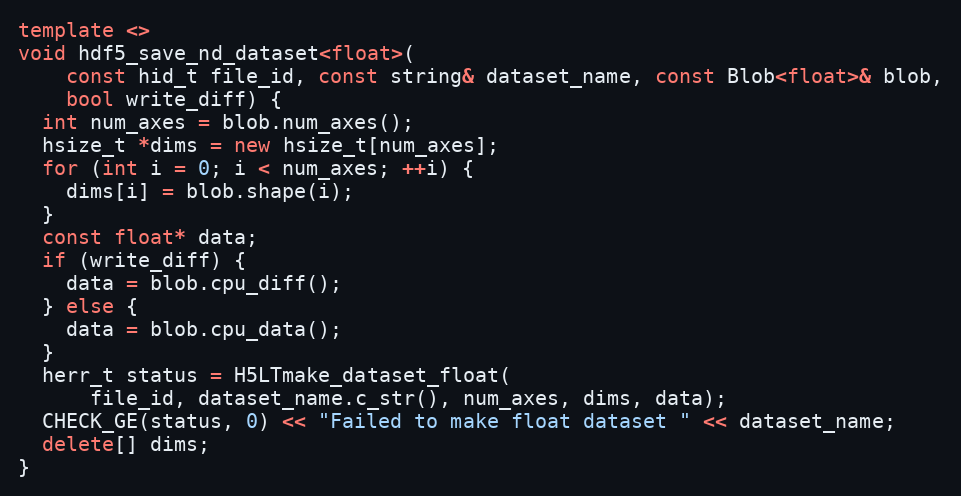
Language: C++
template <>
void hdf5_save_nd_dataset<float>(
    const hid_t file_id, const string& dataset_name, const Blob<float>& blob,
    bool write_diff) {
  int num_axes = blob.num_axes();
  hsize_t *dims = new hsize_t[num_axes];
  for (int i = 0; i < num_axes; ++i) {
    dims[i] = blob.shape(i);
  }
  const float* data;
  if (write_diff) {
    data = blob.cpu_diff();
  } else {
    data = blob.cpu_data();
  }
  herr_t status = H5LTmake_dataset_float(
      file_id, dataset_name.c_str(), num_axes, dims, data);
  CHECK_GE(status, 0) << "Failed to make float dataset " << dataset_name;
  delete[] dims;
}